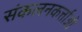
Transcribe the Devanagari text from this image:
संकलनकर्त्ताओं